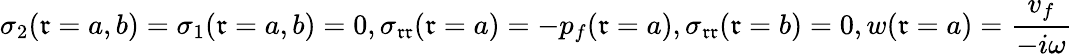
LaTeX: \sigma_{2}(\mathfrak{r}=a,b)=\sigma_{1}(\mathfrak{r}=a,b)=0,\sigma_{\mathfrak{r}\mathfrak{r}}(\mathfrak{r}=a)=-p_{f}(\mathfrak{r}=a),\sigma_{\mathfrak{r}\mathfrak{r}}(\mathfrak{r}=b)=0,w(\mathfrak{r}=a)=\frac{{v_{f}}}{{-i\omega}}